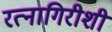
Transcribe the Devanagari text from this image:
रत्नागिरीशी